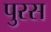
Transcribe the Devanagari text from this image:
पुरस